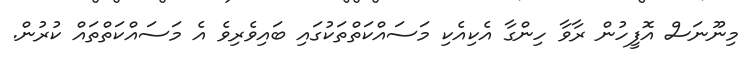
މިނޫނަސް އޮފީހުން ރާވާ ހިންގާ އެކިއެކި މަސައްކަތްތަކުގައި ބައިވެރިވެ އެ މަސައްކަތްތައް ކުރުން.